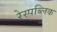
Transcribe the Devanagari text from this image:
रेस्पब्लिक